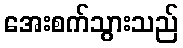
အေးစက်သွားသည်